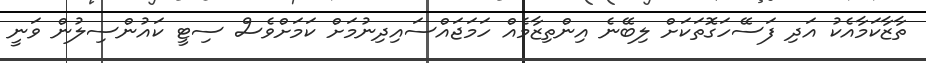
ތާޒާކަމާއެކު އަދި ފަސޭހަގޮތަކަށް ލިބޭނެ އިންތިޒާމެއް ހަމަޖައްސައިދިނުމަށް ކަމަށްވެސް ސިޓީ ކައުންސިލުން ވަނީ